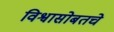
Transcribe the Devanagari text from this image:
विश्वासोबतचे